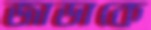
জাডাকে